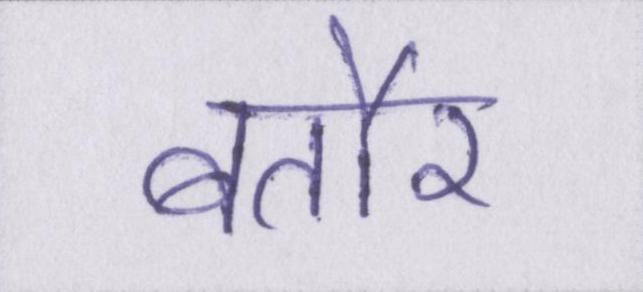
बतौर